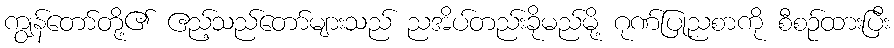
ကျွန်တော်တို့၏ ဧည့်သည်တော်များသည် ညအိပ်တည်းခိုမည်မို့ ဂုဏ်ပြုညစာကို စီစဉ်ထားပြီး